Annual administration report of the Civil Veterinary Department of India - 1892-1893
Year: 1892
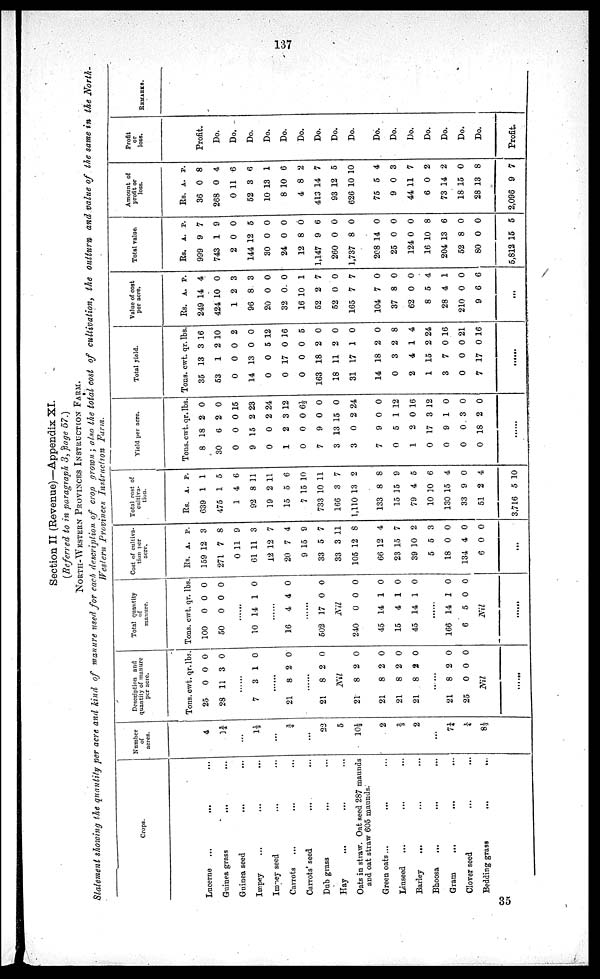
137
Section II (Revenue)—Appendix XI.
(Referred to in paragraph 3, page 57.)
NORTH-WESTERN PROVINCES INSTRUCTION FARM.
Statement showing the quantity per acre, and kind of manure used for each description of crop grown; also the total cost of cultivation,
the outturn, and value of the same in the North-
Western Provinces Instruction
Farm.
Crops.
Lucerne ...
...
Guinea grass
... ...
Guinea seed ... ...
Impey ... ... ...
Impey seed ... ...
Carrots ... ... ...
Carrots' seed ... ...
Dub grass ... ...
Hay ... ... ...
Oats in straw. Oat seed 287 maunds
and oat straw 605 maunds.
Green oats... ... ...
Linseed ... ... ...
Barley
... ... ...
Bhoosa
...
...
...
Gram
...
...
Clover seed ... ...
Bedding grass
...
...
Number
of
acres.
4
1¾
...
1½
...
¾
...
22
5
10½
2
2/3
2
...
7¼
14
8½
Description and
quantity of manure
per acre.
Tons.
25
28
cwt.
0
11
qr.
0
3
lbs.
0
0
......
7 3 1 0
......
21 8 2 0
......
21 8 2 0
Nil
21
21
21
21
8
8
8
8
2
2
2
2
0
0
0
0
21
25
8
0
2
0
0
0
Nil
......
Total quantity
of
manure.
Tons.
100
50
cwt.
0
0
qr.
0
0
lbs.
0
0
......
10 14 1 0
......
16 4 4 0
......
502 17 0 0
Nil
240
45
15
45
0
14
4
14
0
1
1
1
0
0
0
0
......
166
6
14
5
1
0
0
0
Nil
......
Cost of cultiva-
tion per
acre.
Rs.
159
271
0
61
12
20
9
33
33
105
66
23
39
5
18
134
6
A.
12
7
11
11
12
7
15
5
3
12
12
15
10
5
0
4
0
P.
3
8
9
3
7
4
9
7
11
8
4
7
2
3
0
0
0
...
Total cost of
cultiva
tion.
Rs.
639
475
1
92
19
15
7
733
166
1,110
133
15
79
10
130
33
51
3,716
A.
1
1
4
8
2
5
15
10
3
13
8
15
4
10
15
9
2
5
P.
1
5
6
11
11
6
10
11
7
2
8
9
5
6
4
0
4
10
Yield per acre.
Tons.
8
30
0
9
0
1
0
7
3
3
7
0
1
0
0
0
0
cwt.
18
6
0
15
0
2
0
9
13
0
9
5
2
17
9
0
18
qr.
2
2
0
2
2
3
0
0
15
2
0
1
0
3
1
3
2
lbs.
0
0
15
23
24
12
6½
0
0
24
0
12
16
12
0
0
0
Total yield.
Tons. c
35
53
0
14
0
0
0
163
18
31
14
0
2
1
3
0
7
wt.
13
1
0
13
0
17
0
18
11
17
18
3
4
15
7
0
17
qr.
3
2
0
0
5
0
0
2
2
1
2
2
1
2
0
0
0
lbs.
16
10
2
0
12
16
5
0
0
0
0
8
4
24
16
21
16
......
Value of cost
per acre.
Rs.
249
424
1
96
20
32
16
52
52
165
104
37
62
8
28
210
9
A.
14
10
2
8
0
0
10
2
0
7
7
8
0
5
4
0
6
P.
4
0
3
3
0
0
1
7
0
7
0
0
0
4
1
0
6
...
Total value.
Rs.
999
743
2
144
30
24
12
1,147
260
1,737
208
25
124
16
204
52
80
5,812
A.
9
1
0
12
0
0
8
9
0
8
14
0
0
10
13
8
0
15
P.
7
9
0
5
0
0
6
6
0
0
0
0
0
8
6
0
0
5
Amout of
profit or
loss.
Rs.
36
268
0
52
10
8
4
413
93
626
75
9
44
6
73
18
28
2,096
A.
0
0
11
3
13
10
8
14
12
10
5
0
11
0
14
15
13
9
P.
8
4
6
6
1
6
2
7
5
10
4
3
7
2
2
0
8
7
Profit
or
loss.
Profit.
Do.
Do.
Do.
Do.
Do.
Do.
Do.
Do.
Do.
Do.
Do.
Do.
Do.
Do.
Do.
Do.
Profit.
REMARKS.
35